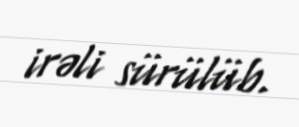
irəli sürülüb.